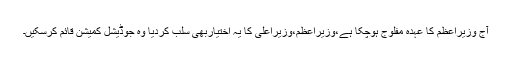
آج وزیراعظم کا عہدہ مفلوج ہوچکا ہے،وزیراعظم،وزیراعلیٰ کا یہ اختیاربھی سلب کردیا وہ جوڈیشل کمیشن قائم کرسکیں۔